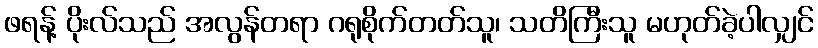
ဖရန့် ပိုးလ်သည် အလွန်တရာ ဂရုစိုက်တတ်သူ၊ သတိကြီးသူ မဟုတ်ခဲ့ပါလျှင်